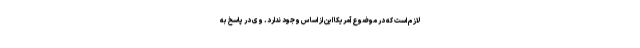
لازم است که در موضوع آمریکا این از اساس وجود ندارد. وی در پاسخ به